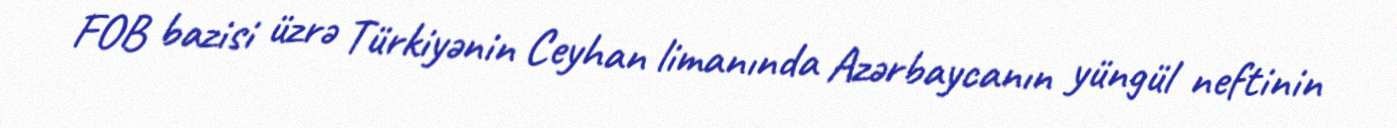
FOB bazisi üzrə Türkiyənin Ceyhan limanında Azərbaycanın yüngül neftinin